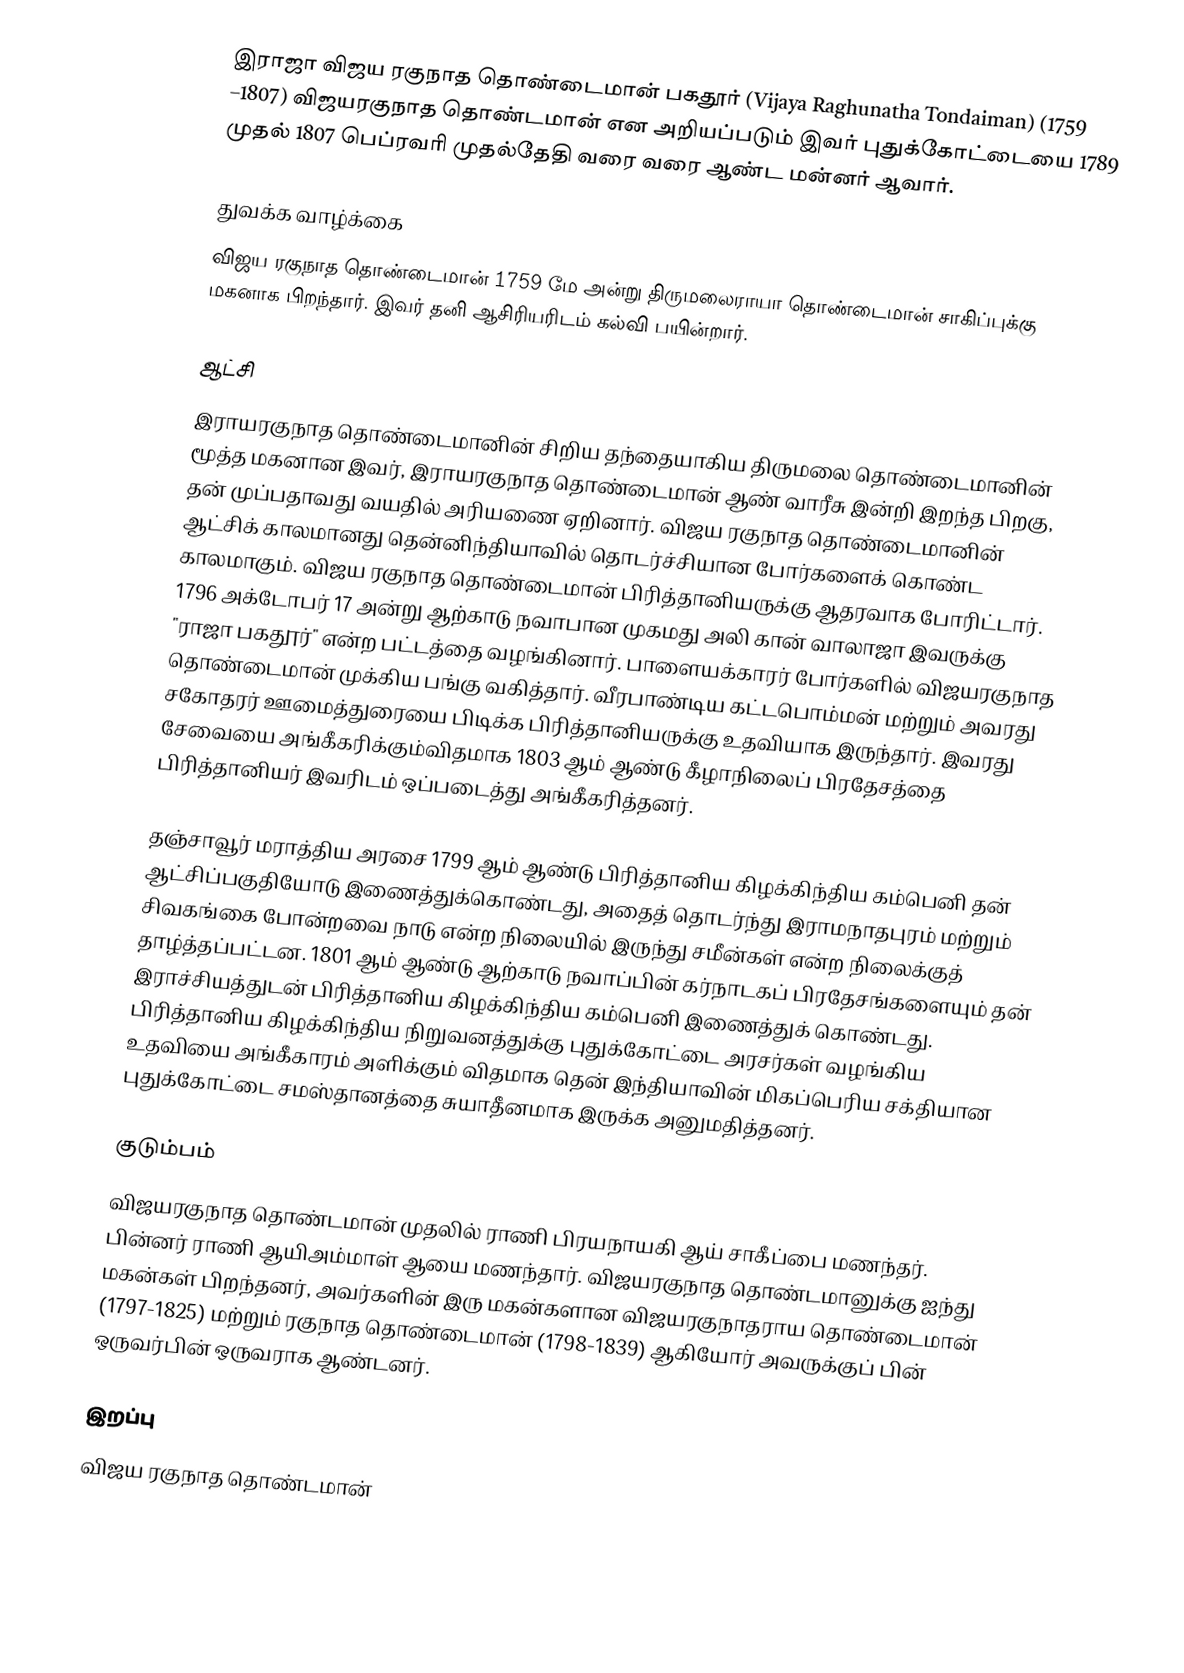
இராஜா விஜய ரகுநாத தொண்டைமான் பகதூர் (Vijaya Raghunatha Tondaiman) (1759 –1807) விஜயரகுநாத தொண்டமான் என அறியப்படும் இவர் புதுக்கோட்டையை 1789 முதல் 1807 பெப்ரவரி முதல்தேதி வரை வரை ஆண்ட  மன்னர் ஆவார்.

துவக்க வாழ்க்கை
விஜய ரகுநாத தொண்டைமான் 1759 மே அன்று திருமலைராயா தொண்டைமான் சாகிப்புக்கு மகனாக பிறந்தார். இவர் தனி ஆசிரியரிடம் கல்வி பயின்றார்.

ஆட்சி
இராயரகுநாத தொண்டைமானின் சிறிய தந்தையாகிய திருமலை தொண்டைமானின் மூத்த மகனான இவர், இராயரகுநாத தொண்டைமான் ஆண் வாரீசு இன்றி இறந்த பிறகு,  தன் முப்பதாவது வயதில் அரியணை ஏறினார்.   விஜய ரகுநாத தொண்டைமானின் ஆட்சிக் காலமானது தென்னிந்தியாவில் தொடர்ச்சியான போர்களைக் கொண்ட காலமாகும். விஜய ரகுநாத தொண்டைமான் பிரித்தானியருக்கு ஆதரவாக போரிட்டார். 1796 அக்டோபர் 17 அன்று ஆற்காடு நவாபான முகமது அலி கான் வாலாஜா இவருக்கு "ராஜா பகதூர்" என்ற பட்டத்தை வழங்கினார். பாளையக்காரர் போர்களில் விஜயரகுநாத தொண்டைமான் முக்கிய பங்கு வகித்தார்.  வீரபாண்டிய கட்டபொம்மன் மற்றும் அவரது சகோதரர் ஊமைத்துரையை பிடிக்க பிரித்தானியருக்கு உதவியாக இருந்தார்.  இவரது சேவையை அங்கீகரிக்கும்விதமாக 1803 ஆம் ஆண்டு கீழாநிலைப் பிரதேசத்தை பிரித்தானியர் இவரிடம் ஒப்படைத்து அங்கீகரித்தனர்.

தஞ்சாவூர் மராத்திய அரசை 1799 ஆம் ஆண்டு பிரித்தானிய கிழக்கிந்திய கம்பெனி தன் ஆட்சிப்பகுதியோடு இணைத்துக்கொண்டது, அதைத் தொடர்ந்து இராமநாதபுரம் மற்றும் சிவகங்கை போன்றவை நாடு என்ற நிலையில் இருந்து சமீன்கள் என்ற நிலைக்குத் தாழ்த்தப்பட்டன.   1801 ஆம் ஆண்டு ஆற்காடு நவாப்பின் கர்நாடகப் பிரதேசங்களையும் தன் இராச்சியத்துடன் பிரித்தானிய கிழக்கிந்திய கம்பெனி இணைத்துக் கொண்டது. பிரித்தானிய கிழக்கிந்திய நிறுவனத்துக்கு புதுக்கோட்டை அரசர்கள் வழங்கிய உதவியை அங்கீகாரம் அளிக்கும் விதமாக தென் இந்தியாவின் மிகப்பெரிய சக்தியான புதுக்கோட்டை சமஸ்தானத்தை சுயாதீனமாக இருக்க அனுமதித்தனர்.

குடும்பம்
விஜயரகுநாத தொண்டமான் முதலில் ராணி பிரயநாயகி ஆய் சாகீப்பை மணந்தர். பின்னர் ராணி ஆயிஅம்மாள் ஆயை மணந்தார். விஜயரகுநாத தொண்டமானுக்கு ஐந்து மகன்கள் பிறந்தனர், அவர்களின் இரு மகன்களான விஜயரகுநாதராய தொண்டைமான் (1797-1825) மற்றும் ரகுநாத தொண்டைமான் (1798-1839) ஆகியோர் அவருக்குப் பின் ஒருவர்பின் ஒருவராக ஆண்டனர்.

இறப்பு
விஜய ரகுநாத தொண்டமான்